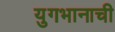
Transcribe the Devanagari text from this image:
युगभानाची